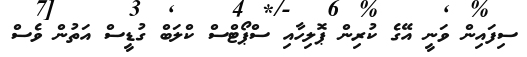
ސިފައިން ވަނީ އޭގެ ކުރިން ޕޮލިހާއި ސްޕޯޓްސް ކްލަބް ގުޑީސް އަތުން ވެސް